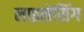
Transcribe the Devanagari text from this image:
लाइसेसिंग